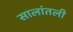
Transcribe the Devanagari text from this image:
सालांतली